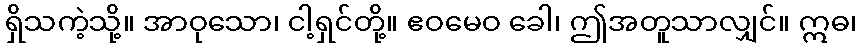
ရှိသကဲ့သို့။ အာဝုသော၊ ငါ့ရှင်တို့။ ဧဝမေဝ ခေါ၊ ဤအတူသာလျှင်။ ဣဓ၊